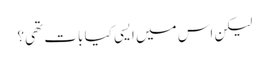
لیکن اس میں ایسی کیا بات تھی؟